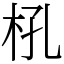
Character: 𣏺